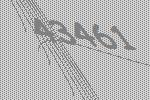
43461